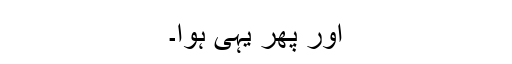
اور پھر یہی ہوا۔